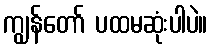
ကျွန်တော် ပထမဆုံးပါပဲ။